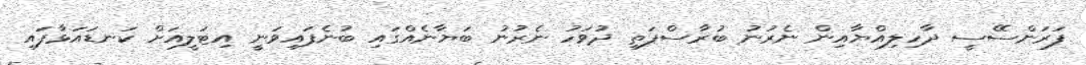
ފަރަންސޭސީ ދާހިލިއްޔާއިން ނެރުނު ބުރާސްފަތި ދުވަހު ނެރުނު ބަޔާނެއްގައި ބުނެފައިވަނީ އިޓަލީއަށް ކަނޑައަޅާފައި